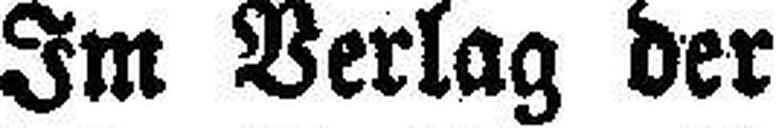
Im Verlag der